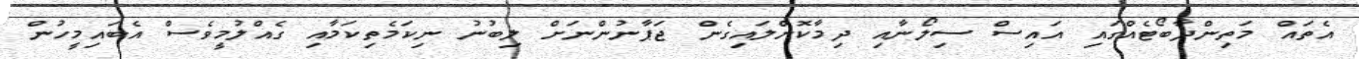
އެތައް މަތިންދާބޯޓެއްގައި އައިސް ސިލޯނާއި ދިމާކޮށްލައިގެން ޖަޕާނުންނަށް ލިބުނު ނިކަމެތިކަމާއި ގެއްލުމީވެސް އެބައިމީހުން